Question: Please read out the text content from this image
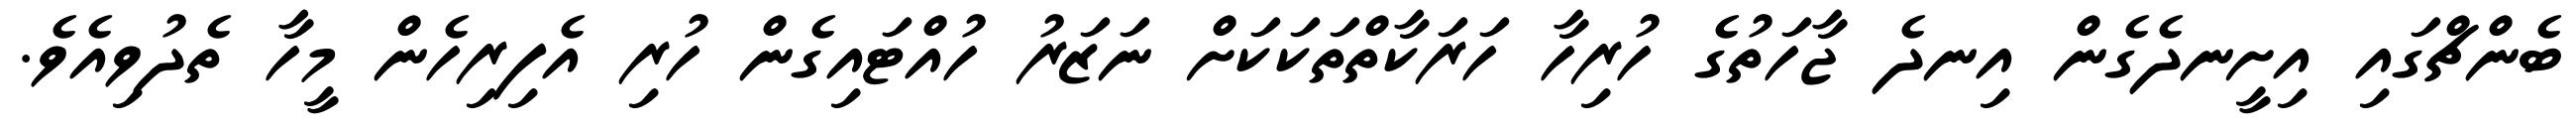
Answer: ބެންޗްގައި އިށީނދެގެން އިނދެ ޖާހަތުގެ ހުރިހާ ހަރަކާތްތަކަކަށް ނަޒަރު ހުއްޓައިގެން ހުރި އެފިރިހެން މީހާ ތެދުވިއެވެ.